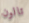
تالون